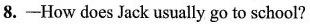
8.-How does Jack usually go to school?